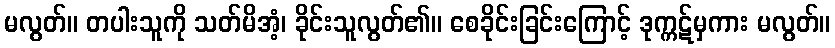
မလွတ်။ တပါးသူကို သတ်မိအံ့၊ ခိုင်းသူလွတ်၏။ စေခိုင်းခြင်းကြောင့် ဒုက္ကဋ်မှကား မလွတ်။